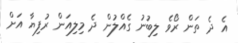
އެ ދެ ތަން ރޯވެ ލިބުނު ގެއްލުން ދެ މިލިއަން ރުފިޔާ އަށް